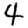
Digit: 4